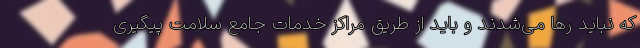
که نباید رها می‌شدند و باید از طریق مراکز خدمات جامع سلامت پیگیری